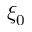
\xi _ { 0 }